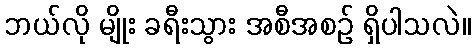
ဘယ်လို မျိုး ခရီးသွား အစီအစဉ် ရှိပါသလဲ။